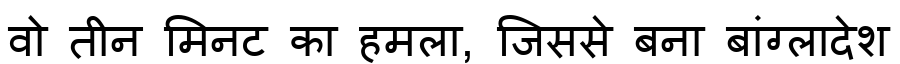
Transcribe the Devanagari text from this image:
वो तीन मिनट का हमला, जिससे बना बांग्लादेश